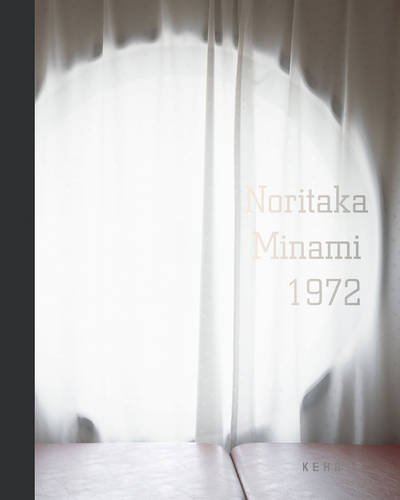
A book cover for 1972 - Nakagin Capsule Tower; Travel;